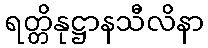
ရတ္တိနုဋ္ဌာနသီလိနာ